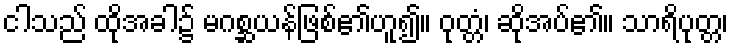
ငါသည် ထိုအခါ၌ မဂစ္ဆယန်ဖြစ်၏ဟူ၍။ ဝုတ္တံ၊ ဆိုအပ်၏။ သာရိပုတ္တ၊